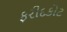
ફરીદકોટ